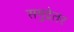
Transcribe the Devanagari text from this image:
समुद्रेतर